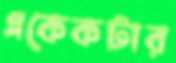
একেকটার